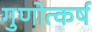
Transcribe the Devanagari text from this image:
गुणोत्कर्ष